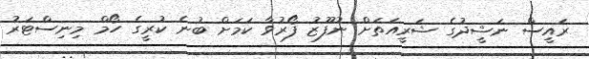
ރައީސް ނަޝީދުގެ ޝަރީއަތަށް ނުފޫޒު ފޯރުވާ ކަމަށް ބުނެ ކުރީގެ ހޯމް މިނިސްޓަރު